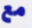
مع